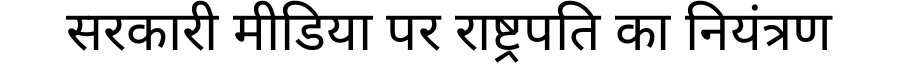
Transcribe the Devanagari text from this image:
सरकारी मीडिया पर राष्ट्रपति का नियंत्रण